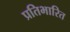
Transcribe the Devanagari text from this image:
प्रतिभारित